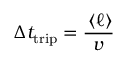
\Delta t _ { \mathrm { t r i p } } = \frac { \, \langle \ell \rangle } { v }